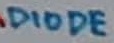
Text: DIODE